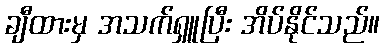
ချီထားမှ အသက်ရှူပြီး အိပ်နိုင်သည်။